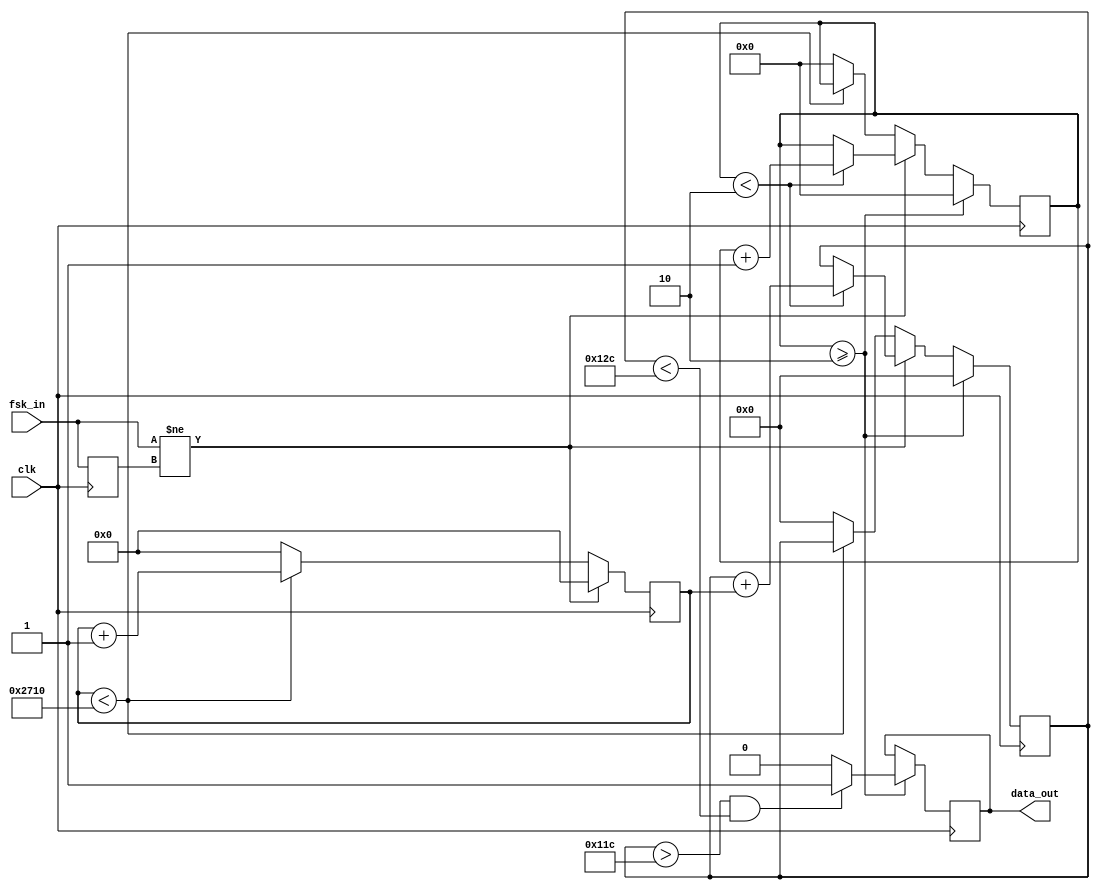
module fsk_demodulator(
    input clk,           // 
    input fsk_in,        // FSK
    output reg data_out  // 
);

// 
parameter COUNTER_MAX = 10000;  // 
parameter PERIODS_TO_MEASURE = 2;  // 
parameter THRESHOLD0 = 142 * PERIODS_TO_MEASURE;    //160 
parameter THRESHOLD1 = 150 * PERIODS_TO_MEASURE;    //186 
parameter THRESHOLD2 = 97;    // 
parameter THRESHOLD3 = 103;    // 
parameter PERIODS_NOISE = 20;  // 

// 
reg [13:0] counter = 0;         // 
reg fsk_in_last = 0;            // FSK
reg [15:0] period_sum = 0;      // 
reg [8:0] periods_measured = 0; // 


initial begin
	data_out = 0;
	//clk_out = 0;
end

// FSK
always @(posedge clk) begin
    fsk_in_last <= fsk_in;
    if (fsk_in != fsk_in_last/* && (periods_measured == 0 || counter > PERIODS_NOISE)*/) begin
    //if ((periods_measured == 0 || counter > PERIODS_NOISE)) begin
		if (periods_measured < PERIODS_TO_MEASURE) begin
			period_sum <= period_sum + counter;
			periods_measured <= periods_measured + 1;
		end
		counter <= 0;
    end else begin
        if (counter < COUNTER_MAX) begin
            counter <= counter + 1;
        end else begin
			// 
			counter = 0;
			period_sum <= 0;
			periods_measured <= 0;
        end
    end

    if (periods_measured >= PERIODS_TO_MEASURE) begin
        if (period_sum > THRESHOLD0 && period_sum < THRESHOLD1) begin
            data_out <= 1;  // 1
        end else begin
            data_out <= 0;  // 0
        end
        // 
        period_sum <= 0;
        periods_measured <= 0;
    end
end

endmodule